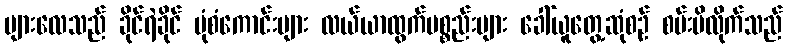
များလေသည် ခိုင်ရဲခိုင် ပုံစံကောင်းများ လယ်ယာထွက်ပစ္စည်းများ ခေါ်ယူတွေ့ဆုံစဉ် စမ်းမိလိုက်သည်